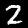
Digit: 2